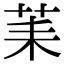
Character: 䒹